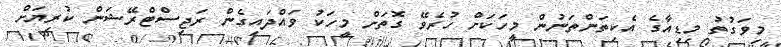
މިވަގުތު މިޑިއާގެ އެކިތަންތަނުން މީހަކަށް ހުރެވޭ ގޮތަށް މީހަކު ވައްދައިގެން ރަޖިސްޓްރޭޝަން ކުރިޔަށް